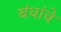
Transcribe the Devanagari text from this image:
बंधांचे